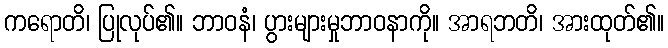
ကရောတိ၊ ပြုလုပ်၏။ ဘာဝနံ၊ ပွားများမှုဘာဝနာကို။ အာရဘတိ၊ အားထုတ်၏။